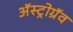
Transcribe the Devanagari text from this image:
अॅस्ट्रोग्रॅव